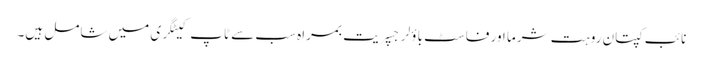
نائب کپتان روہت شرما اور فاسٹ باؤلر جسپریت بمراہ سب سے ٹاپ کیٹگری میں شامل ہیں۔